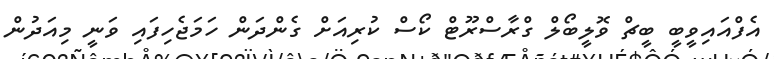
އެފްއައިވީބީ ބީޗް ވޮލީބޯލް ގްރާސްރޫޓް ކޯސް ކުރިއަށް ގެންދަން ހަމަޖެހިފައި ވަނީ މިއަދުން